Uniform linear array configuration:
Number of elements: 32
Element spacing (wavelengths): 0.25
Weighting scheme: uniform
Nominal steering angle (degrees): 15
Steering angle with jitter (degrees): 13.989
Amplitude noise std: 0.05
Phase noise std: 0.05

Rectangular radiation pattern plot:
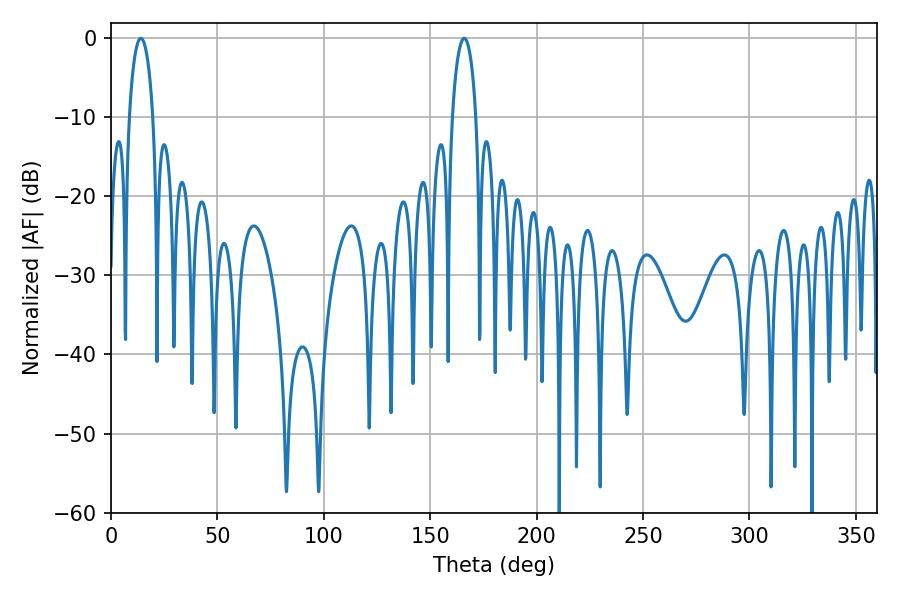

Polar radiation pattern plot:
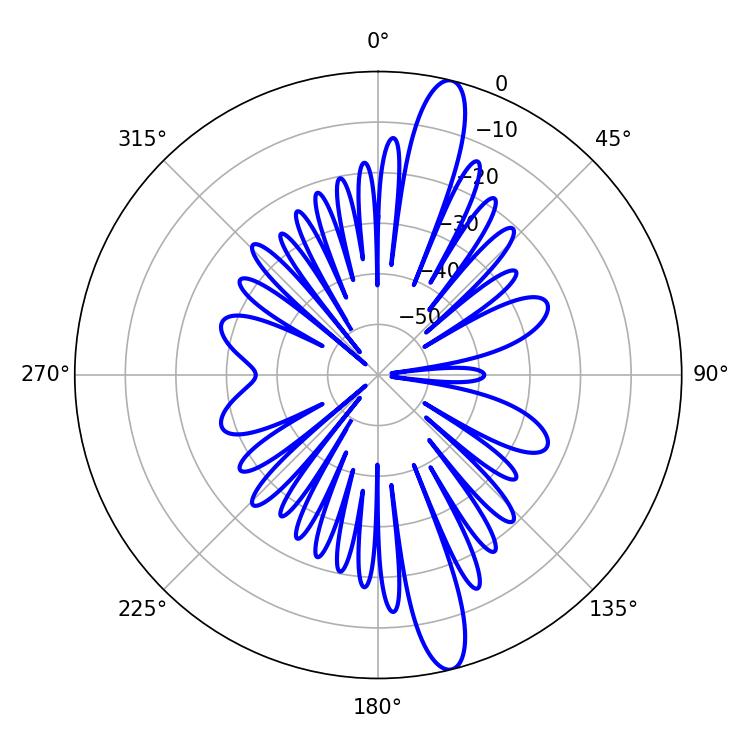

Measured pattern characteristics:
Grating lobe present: FALSE
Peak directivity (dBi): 15.154
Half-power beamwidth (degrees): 6.48
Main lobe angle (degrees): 14.04